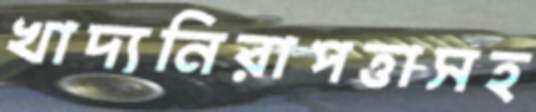
খাদ্যনিরাপত্তাসহ